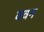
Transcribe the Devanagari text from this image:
ववन